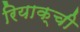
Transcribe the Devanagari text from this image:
रियाक्ची